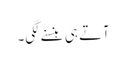
آتے ہی ہنسنے لگی۔